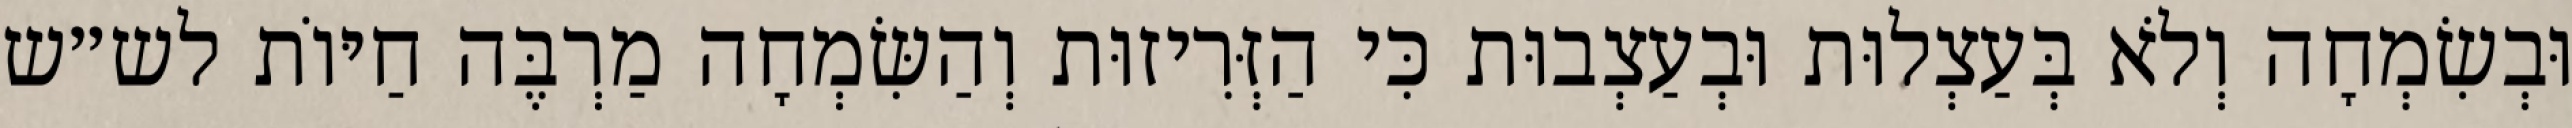
וּבְשִׂמְחָה וְלֹא בְּעַצְלוּת וּבְעַצְבוּת כִּי הַזְּרִיזוּת וְהַשִּׂמְחָה מַרְבֶּה חַיּוֹת לש״ש